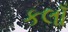
કલાઁ